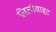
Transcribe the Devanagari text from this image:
लिलीवाइट